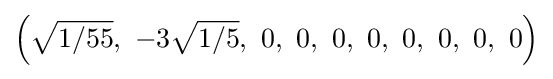
\left({\sqrt {1/55}},\ -3{\sqrt {1/5}},\ 0,\ 0,\ 0,\ 0,\ 0,\ 0,\ 0,\ 0\right)